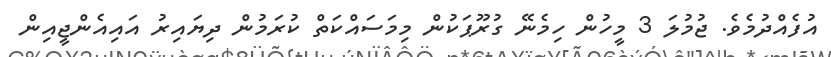
އުފެއްދުމެވެ. ޖުމުލަ 3 މީހުން ހިމެނޭ ގުރޫޕަކުން މިމަސައްކަތް ކުރަމުން ދިޔައިރު އައިއެންޖީއިން